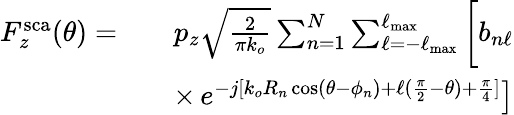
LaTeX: \begin{array}{rlr}{F_{z}^{\mathrm{sca}}(\theta)=}&{}&{p_{z}\sqrt{\frac{2}{\pi k_{o}}}\sum_{n=1}^{N}\sum_{\ell=-\ell_{\mathrm{max}}}^{\ell_{\mathrm{max}}}\bigg[b_{n\ell}}\\ &{}&{\times\left.e^{-j[k_{o}R_{n}\cos(\theta-\phi_{n})+\ell(\frac{\pi}{2}-\theta)+\frac{\pi}{4}]}\right]}\end{array}